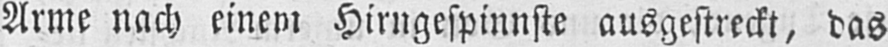
Arme nach einem Hirngespinnste ausgestreckt, das